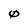
Character: 0